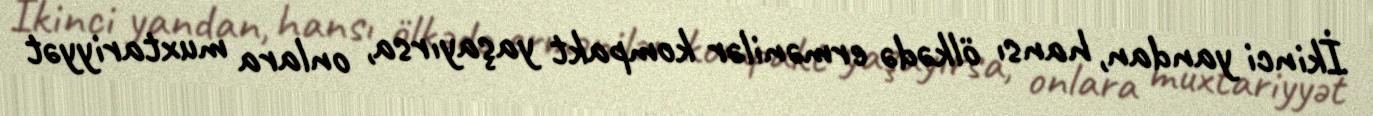
İkinci yandan, hansı ölkədə ermənilər kompakt yaşayırsa, onlara muxtariyyət